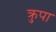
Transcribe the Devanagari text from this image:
क्रुपा